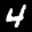
Label: 4